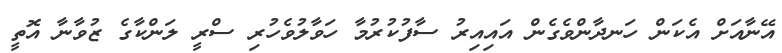
އޭނާއަށް އެކަން ހަނދާންވެގެން އައިއިރު ސާފުކުރުމާ ހަވާލުވެހުރި ސްރީ ލަންކާގެ ޒުވާނާ އޮތީ